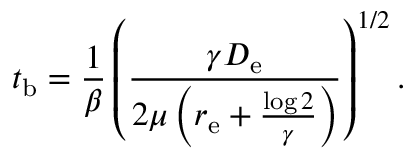
t _ { \mathrm { b } } = \frac { 1 } { \beta } \left( \frac { \gamma D _ { \mathrm { e } } } { 2 \mu \left( r _ { \mathrm { e } } + \frac { \log 2 } { \gamma } \right) } \right) ^ { 1 / 2 } .